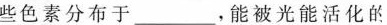
些色素分布于___，能被光能活化的